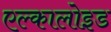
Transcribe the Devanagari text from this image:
एल्कालोइड